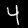
Label: 4